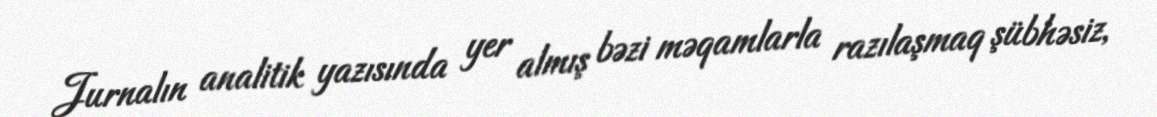
Jurnalın analitik yazısında yer almış bəzi məqamlarla razılaşmaq şübhəsiz,